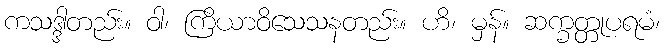
ကသဒ္ဒါတည်း။ ဝါ၊ ကြိယာဝိသေသနတည်း။ ဟိ၊ မှန်။ ဆက္ခတ္တုပရမံ၊